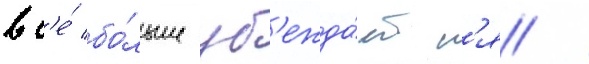
вс'е́ бо́льше уб'ежда́етс'я /